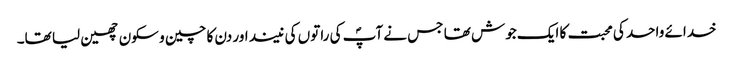
خدائے واحد کی محبت کا ایک جوش تھا جس نے آپؐ کی راتوں کی نیند اور دن کا چین و سکون چھین لیا تھا۔